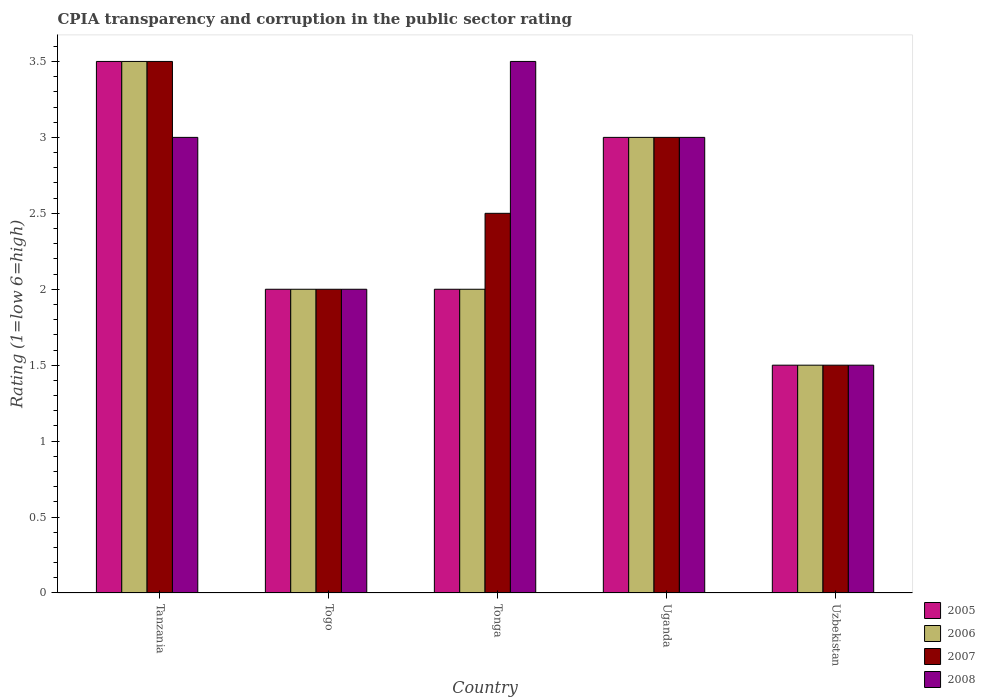
| Country | 2005 | 2006 | 2007 | 2008 |
 | --- | --- | --- | --- | --- |
 | Tanzania | 3.5 | 3.5 | 3.5 | 3 |
 | Togo | 2 | 2 | 2 | 2 |
 | Tonga | 2 | 2 | 2.5 | 3.5 |
 | Uganda | 3 | 3 | 3 | 3 |
 | Uzbekistan | 1.5 | 1.5 | 1.5 | 1.5 |